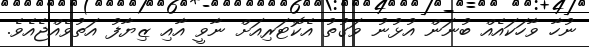
ނުހާ ވާހަކައެއް ބުނަން އުޅުނު ވަގުތު އެކޮޓަރިއަށް ނާވީ އާއި ޒިޔާފު އަތުވެއްޖެއެވެ.